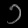
Digit: ၁